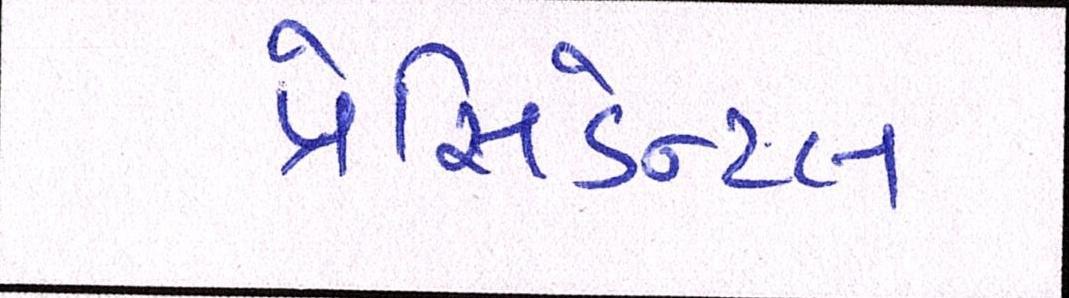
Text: પ્રેસિડન્ટલ